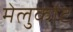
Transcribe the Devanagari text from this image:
मेलुकोट